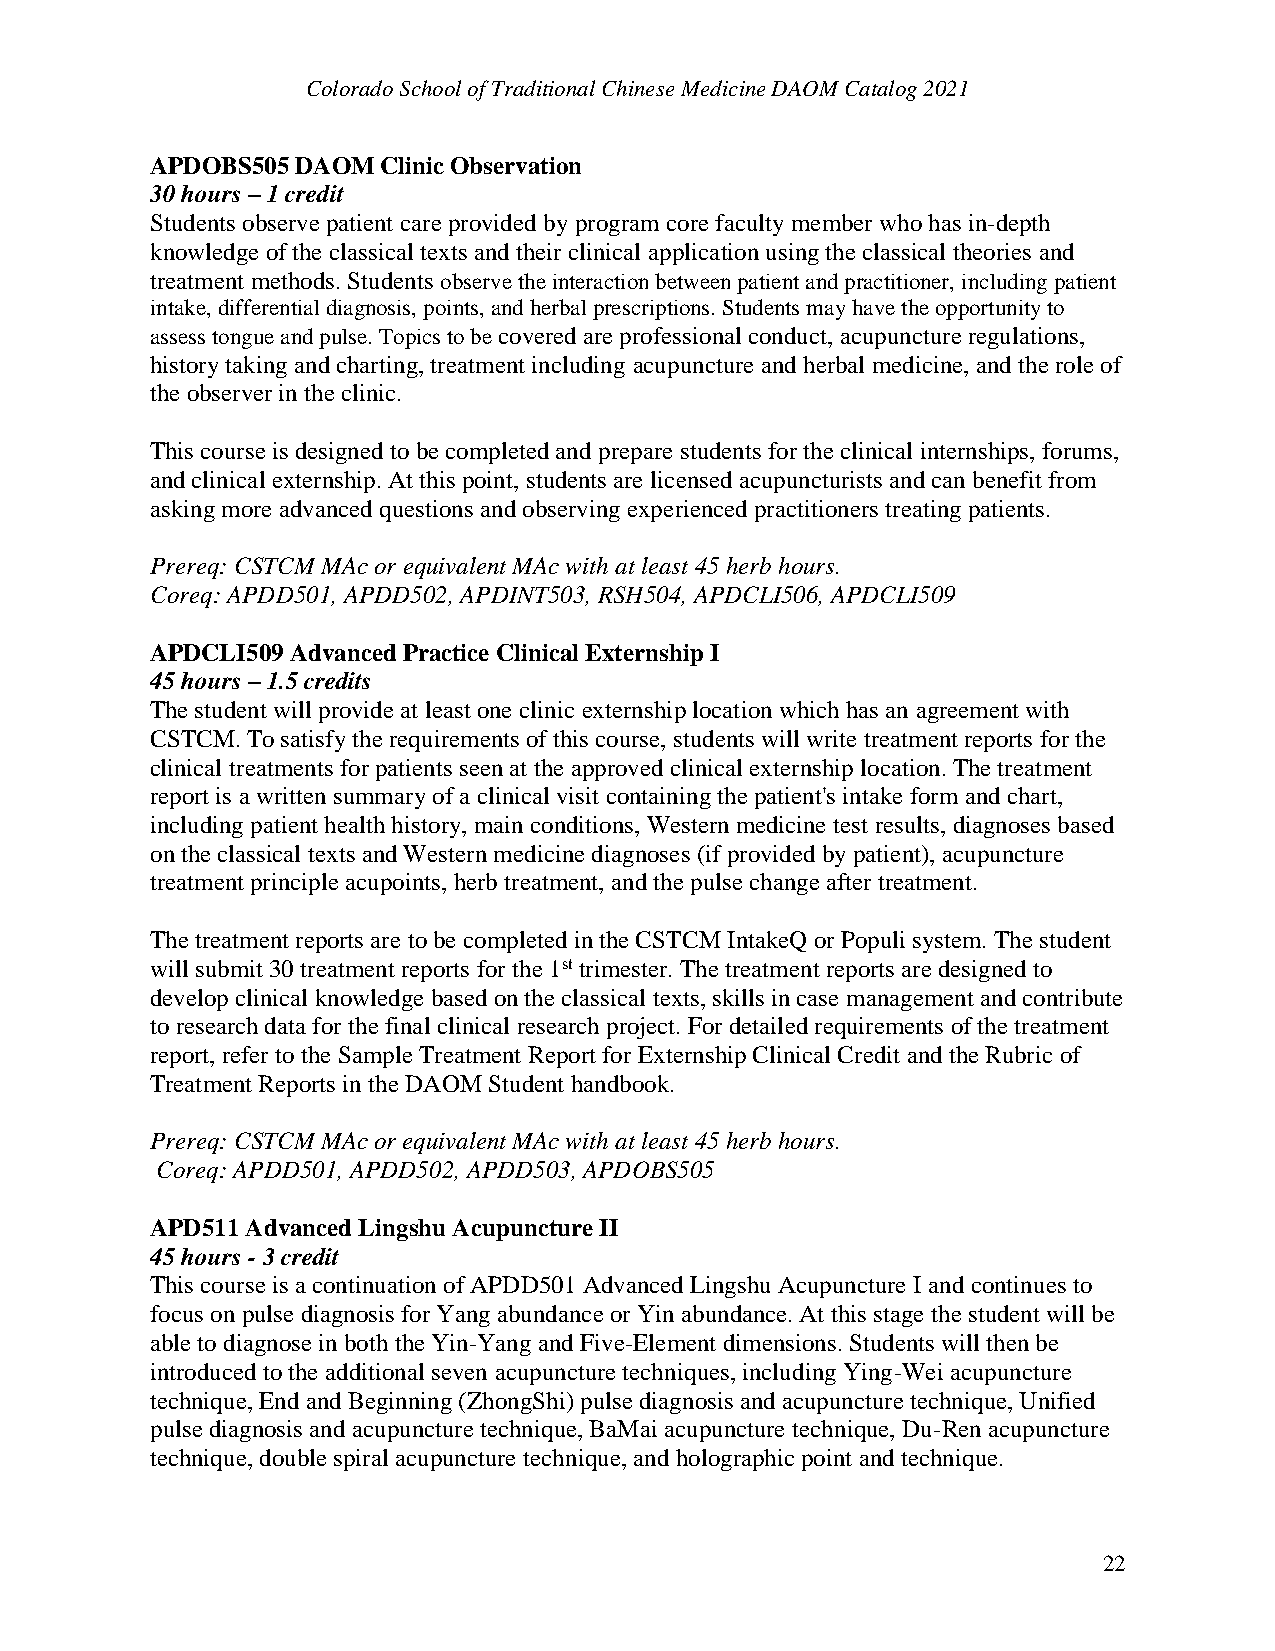
Colorado School of Traditional Chinese Medicine DAOM Catalog 2021
 APDOBS505 DAOM Clinic Observation
 30 hours – 1 credit
 Students observe patient care provided by program core faculty member who has in-depth
 knowledge of the classical texts and their clinical application using the classical theories and
 treatment methods. Students observe the interaction between patient and practitioner, including patient
 intake, differential diagnosis, points, and herbal prescriptions. Students may have the opportunity to
 assess tongue and pulse. Topics to be covered are professional conduct, acupuncture regulations,
 history taking and charting, treatment including acupuncture and herbal medicine, and the role of
 the observer in the clinic.
 This course is designed to be completed and prepare students for the clinical internships, forums,
 and clinical externship. At this point, students are licensed acupuncturists and can benefit from
 asking more advanced questions and observing experienced practitioners treating patients.
 Prereq: CSTCM MAc or equivalent MAc with at least 45 herb hours.
 Coreq: APDD501, APDD502, APDINT503, RSH504, APDCLI506, APDCLI509
 APDCLI509 Advanced Practice Clinical Externship I
 45 hours – 1.5 credits
 The student will provide at least one clinic externship location which has an agreement with
 CSTCM. To satisfy the requirements of this course, students will write treatment reports for the
 clinical treatments for patients seen at the approved clinical externship location. The treatment
 report is a written summary of a clinical visit containing the patient's intake form and chart,
 including patient health history, main conditions, Western medicine test results, diagnoses based
 on the classical texts and Western medicine diagnoses (if provided by patient), acupuncture
 treatment principle acupoints, herb treatment, and the pulse change after treatment.
 The treatment reports are to be completed in the CSTCM IntakeQ or Populi system. The student
 will submit 30 treatment reports for the 1st trimester. The treatment reports are designed to
 develop clinical knowledge based on the classical texts, skills in case management and contribute
 to research data for the final clinical research project. For detailed requirements of the treatment
 report, refer to the Sample Treatment Report for Externship Clinical Credit and the Rubric of
 Treatment Reports in the DAOM Student handbook.
 Prereq: CSTCM MAc or equivalent MAc with at least 45 herb hours.
 Coreq: APDD501, APDD502, APDD503, APDOBS505
 APD511 Advanced Lingshu Acupuncture II
 45 hours - 3 credit
 This course is a continuation of APDD501 Advanced Lingshu Acupuncture I and continues to
 focus on pulse diagnosis for Yang abundance or Yin abundance. At this stage the student will be
 able to diagnose in both the Yin-Yang and Five-Element dimensions. Students will then be
 introduced to the additional seven acupuncture techniques, including Ying-Wei acupuncture
 technique, End and Beginning (ZhongShi) pulse diagnosis and acupuncture technique, Unified
 pulse diagnosis and acupuncture technique, BaMai acupuncture technique, Du-Ren acupuncture
 technique, double spiral acupuncture technique, and holographic point and technique.
 22